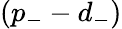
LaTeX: (p_{-}-d_{-})